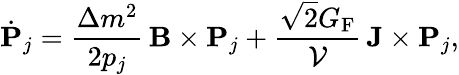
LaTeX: \dot{\mathbf P}_{j}=\frac{\Delta m^{2}}{2p_{j}}\, {\mathbf B}\times{\mathbf P}_{j}+\frac{\sqrt 2G_{\mathrm{F}}}{{\cal V}}\, {\mathbf J}\times{\mathbf P}_{j},